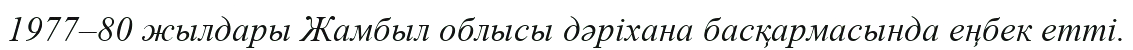
1977–80 жылдары Жамбыл облысы дәріхана басқармасында еңбек етті.